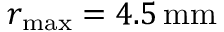
r _ { \mathrm { m a x } } = 4 . 5 \, \mathrm { m m }